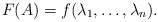
\begin{align*} F(A) = f(\lambda_1,\ldots,\lambda_n). \end{align*}